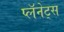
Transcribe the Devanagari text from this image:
प्लॅनेट्स